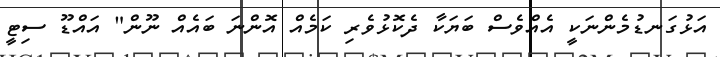
އަޅުގަނޑުމެންނަކީ އެއްވެސް ބަޔަކާ ދެކޮޅުވެރި ކަމެއް އޮންނަ ބައެއް ނޫން" އައްޑޫ ސިޓީ